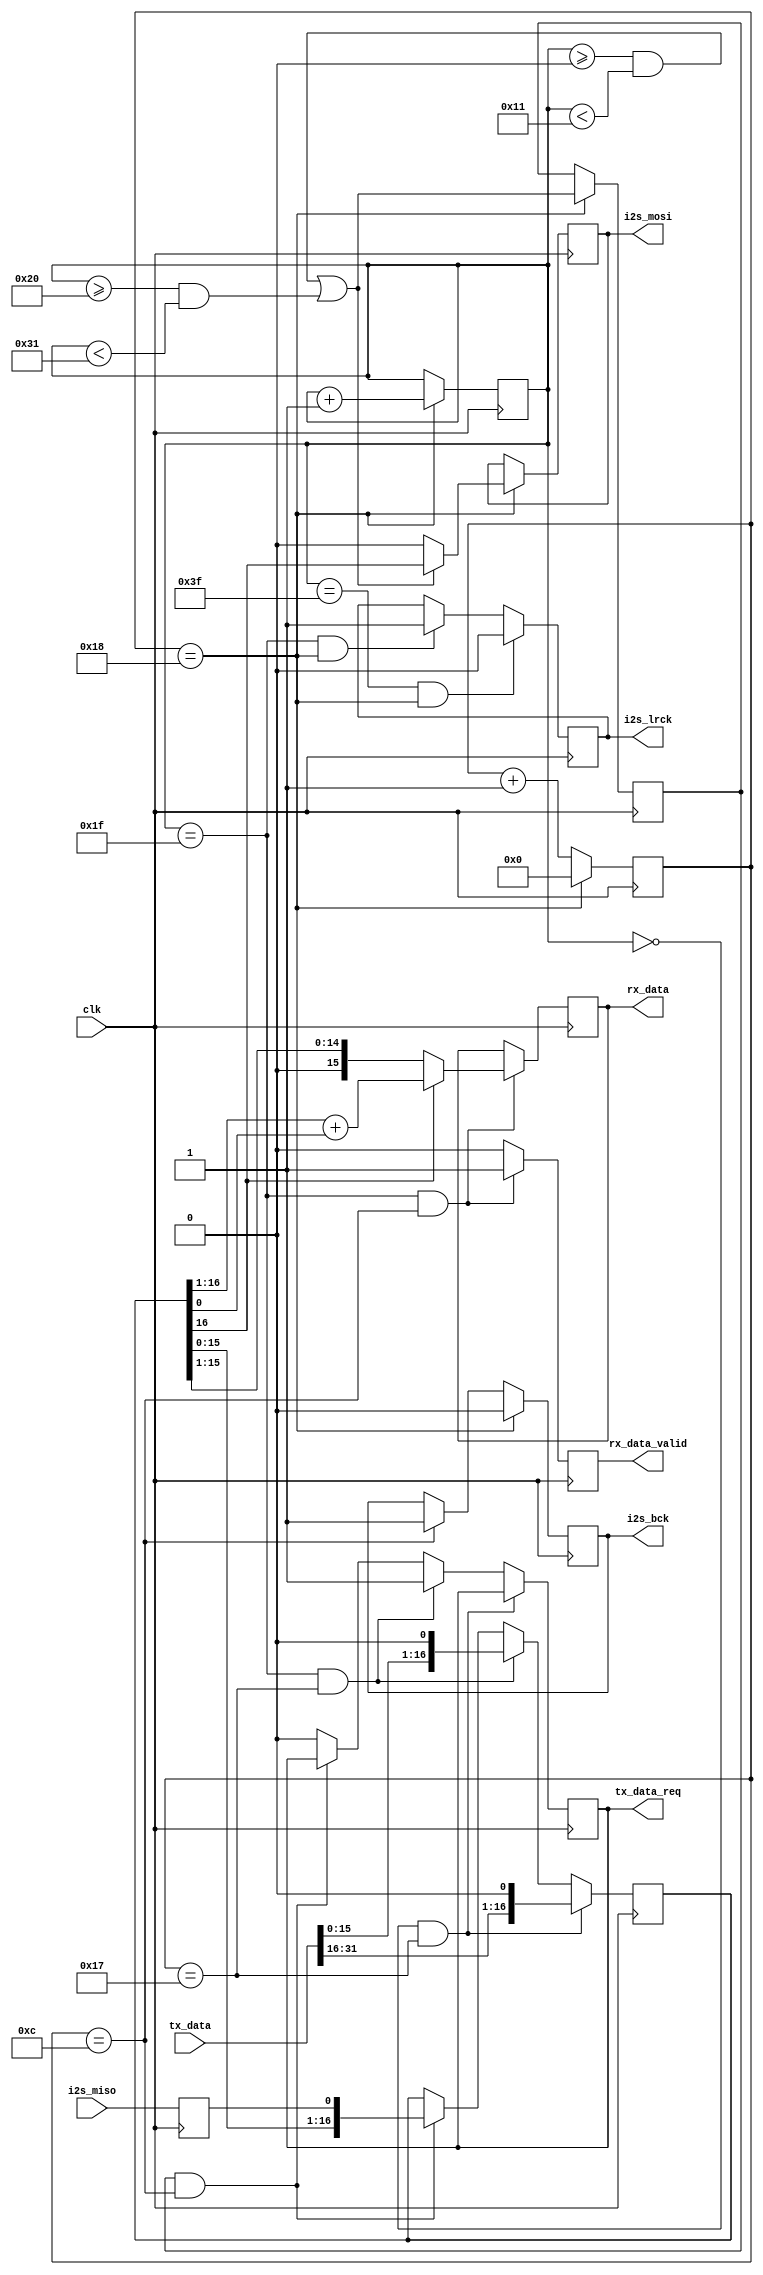
//
//  I2S interface for AK4951
//    Tx : Send L/R 16bit data to AK4951
//    Rx : Receive L(or R) 24bit data from AK4958 and rounding 16bit data to zero
//
//  This program is free software; you can redistribute it and/or modify
//  it under the terms of the GNU General Public License as published by
//  the Free Software Foundation; either version 2 of the License, or
//  (at your option) any later version.
//
//  This program is distributed in the hope that it will be useful,
//  but WITHOUT ANY WARRANTY; without even the implied warranty of
//  MERCHANTABILITY or FITNESS FOR A PARTICULAR PURPOSE.  See the
//  GNU General Public License for more details.
//
//  You should have received a copy of the GNU General Public License
//  along with this program; if not, write to the Free Software
//  Foundation, Inc., 59 Temple Place, Suite 330, Boston, MA  02111-1307  USA
//
// (C) Takashi Komatsumoto, JI1UDD 2020
`timescale 1 ns/100 ps

module i2s_ak4951 (
  input             clk,

  input      [31:0] tx_data,
  output reg        tx_data_req, // request next LR data 

  output reg [15:0] rx_data,
  output reg        rx_data_valid,

  output reg        i2s_bck,
  output reg        i2s_lrck,
  output reg        i2s_mosi,
  input             i2s_miso
) ;

  // BCLK
  reg [4:0] bcnt ;
  wire bcnt_full = ( bcnt == 5'd24 ) ; // 76.8MHz setting
  wire bcnt_half = ( bcnt == 5'd12 ) ; // 76.8MHz setting
  wire bcnt_load = ( bcnt == 5'd23 ) ; // 76.8MHz setting
  
  always @(posedge clk)
    if ( bcnt_full )
      bcnt <= 5'd0 ;
    else
      bcnt <= bcnt + 1'b1 ;

  always @(posedge clk)
    if ( bcnt_full )
      i2s_bck <= 1'b0 ;
    else if ( bcnt_half )
      i2s_bck <= 1'b1 ;

  // LRCK
  reg [5:0] wcnt ;
  always @(posedge clk)
    if ( bcnt_full )
      wcnt <= wcnt + 1'b1 ;

  wire wcnt_full = ( wcnt == 6'd63 ) ;
  wire wcnt_half = ( wcnt == 6'd31 ) ;
  wire wcnt_zero = ( wcnt == 6'd0  ) ;
  wire wcnt_comm = (( wcnt >= 6'd0 ) & ( wcnt < 6'd17 )) | (( wcnt >= 6'd32 ) & ( wcnt < 6'd49 )) ;
  wire lrck_fall = wcnt_full & bcnt_full ;
  wire lrck_rise = wcnt_half & bcnt_full ;

  always @(posedge clk)
    if ( lrck_fall )
      i2s_lrck <= 1'b0 ;
    else if ( lrck_rise )
      i2s_lrck <= 1'b1 ;

  reg wcnt_sft ;
  always @(posedge clk)
    if ( bcnt_full )
      wcnt_sft <= wcnt_comm ;


  // MISO sync
  reg i2s_miso_d ;
  always @(posedge clk)
    i2s_miso_d <= i2s_miso ;

  // shift register
  reg [16:0] sfr ;  // 17bit for receiver

  wire sfr_load_lch = wcnt_zero & bcnt_load ;
  wire sfr_load_rch = wcnt_half & bcnt_load ;
  wire sfr_shift    = wcnt_sft  & bcnt_half ;

  always @(posedge clk)
    if ( sfr_load_lch )
      sfr <= {tx_data[31:16], 1'b0} ;  // load tx-L data
    else if ( sfr_load_rch ) begin
      sfr <= {tx_data[15:0], 1'b0} ;   // load tx-R data
      tx_data_req <= 1'b1 ;
    end else if ( sfr_shift )
      sfr <= {sfr[15:0], i2s_miso_d} ;
    else
      tx_data_req <= 1'b0 ;

  // MOSI
  always @(posedge clk)
    if ( bcnt_full ) begin
      if ( wcnt_comm ) begin
        i2s_mosi <= sfr[16] ;
      end else begin
        i2s_mosi <= 1'b0 ;
      end
    end

  // receive data (microphone)
  // output Left Channel data to FIFO at the halfway of audio frame
  always @(posedge clk) begin
    if ( wcnt_half & bcnt_half ) begin // Left  Channel
      rx_data <= sfr[16] ? sfr[16:1]+sfr[0] : sfr[16:1] ; // round to zero
      rx_data_valid <= 1'b1 ;
    end else begin
      rx_data_valid <= 1'b0 ;
    end
  end

// output Left Channel data to FIFO at the end of audio frame
//  reg [15:0] rx_data_temp ;
//  always @(posedge clk) begin
//    if ( wcnt_half & bcnt_half ) begin // Left  Channel
//      rx_data_temp <= sfr[16] ? sfr[16:1]+sfr[0] : sfr[16:1] ;
//    end
// 
//    if ( wcnt_zero & bcnt_half ) begin // Right Channel
//      rx_data <= rx_data_temp ;
//      rx_data_valid <= 1'b1 ;
//    end else begin
//      rx_data_valid <= 1'b0 ;
//    end
//  end

endmodule